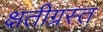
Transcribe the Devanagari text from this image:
क्षतीग्रस्त